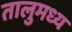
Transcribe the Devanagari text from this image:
तालुमध्य